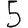
Digit: 5